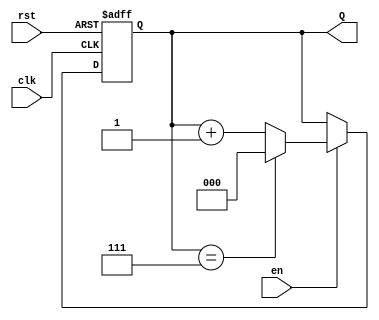
module binary_up_counter (
    input wire clk,       // Clock signal
    input wire rst,       // Asynchronous reset
    input wire en,        // Enable signal
    output reg [2:0] Q    // 3-bit output for the current count value
);

    // Maximum count value for a 3-bit counter is 7 (111 in binary)
    localparam MAX_COUNT = 3'b111;

    // Always block triggered on the rising edge of the clock or reset
    always @(posedge clk or posedge rst) begin
        if (rst) begin
            // Asynchronous reset: set count to 0
            Q <= 3'b000;
        end else if (en) begin
            // Increment the count if enabled
            if (Q == MAX_COUNT) begin
                Q <= 3'b000; // Wrap around to 0
            end else begin
                Q <= Q + 1; // Increment the count
            end
        end
        // If enable is low, the count retains its value
    end

endmodule